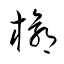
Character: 椁